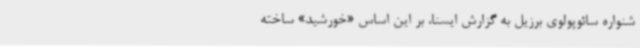
شنواره سائوپولوی برزیل به گزارش ایسنا، بر این اساس «خورشید» ساخته